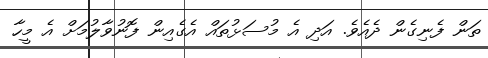
ތަން ފެނިގެން ދެއެވެ. އަދި އެ މުސަޅުތައް އެގެއިން ފޮނުވާލުމަށް އެ މީހާ